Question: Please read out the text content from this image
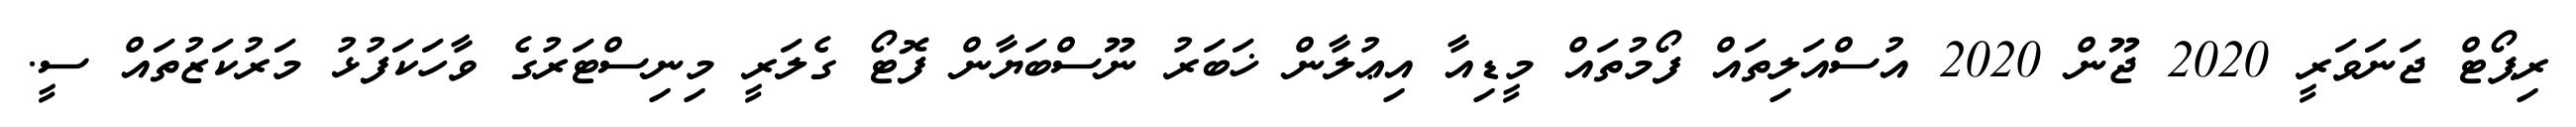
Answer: ރިޕޯޓް ޖަނަވަރީ 2020 ޖޫން 2020 އުސްއަލިތައް ފޯމުތައް މީޑިއާ އިޢުލާން ޚަބަރު ނޫސްބަޔާން ފޮޓޯ ގެލަރީ މިނިސްޓަރުގެ ވާހަކަފުޅު މަރުކަޒުތައް ސީ.